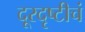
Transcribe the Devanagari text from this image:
दूरदृष्टीचं